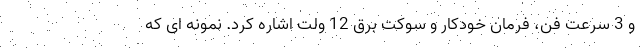
و 3 سرعت فن، فرمان خودکار و سوکت برق 12 ولت اشاره کرد. نمونه ای که